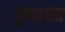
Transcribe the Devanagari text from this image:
कृपाछत्र